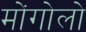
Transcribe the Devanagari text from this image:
मोंगोलो